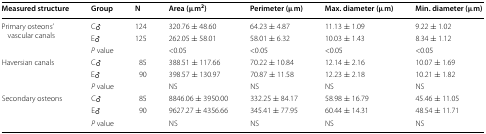
| Measured structure | Group | N | Area (μm2) | Perimeter (μm) | Max. diameter (μm) | Min. diameter (μm) |
 | --- | --- | --- | --- | --- | --- | --- |
 | <ROWSPAN=3> Primary osteons’ vascular canals | C♂ | 124 | 320.76 ± 48.60 | 64.23 ± 4.87 | 11.13 ± 1.09 | 9.22 ± 1.02 |
 | E♂ | 125 | 262.05 ± 58.01 | 58.01 ± 6.32 | 10.03 ± 1.43 | 8.34 ± 1.12 |
 | <COLSPAN=2> P value | <0.05 | <0.05 | <0.05 | <0.05 |
 | <ROWSPAN=3> Haversian canals | C♂ | 85 | 388.51 ± 117.66 | 70.22 ± 10.84 | 12.14 ± 2.16 | 10.07 ± 1.69 |
 | E♂ | 90 | 398.57 ± 130.97 | 70.87 ± 11.58 | 12.23 ± 2.18 | 10.21 ± 1.82 |
 | <COLSPAN=2> P value | NS | NS | NS | NS |
 | <ROWSPAN=3> Secondary osteons | C♂ | 85 | 8846.06 ± 3950.00 | 332.25 ± 84.17 | 58.98 ± 16.79 | 45.46 ± 11.05 |
 | E♂ | 90 | 9627.27 ± 4356.66 | 345.41 ± 77.95 | 60.44 ± 14.31 | 48.54 ± 11.71 |
 | <COLSPAN=2> P value | NS | NS | NS | NS |